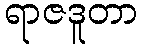
ရာဇဒူတာ